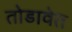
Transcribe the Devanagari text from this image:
तोडावेत